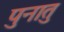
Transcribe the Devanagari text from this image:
पुनातु